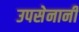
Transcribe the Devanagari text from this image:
उपसेनानी